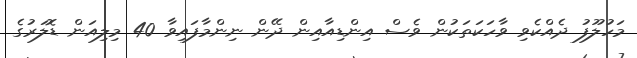
މަހުލޫފު ދެއްކެވި ވާހަކަތަކުން ވެސް އިންޑިއާއިން ދޭން ނިންމާފައިވާ 40 މިލިއަން ޑޮލަރުގެ